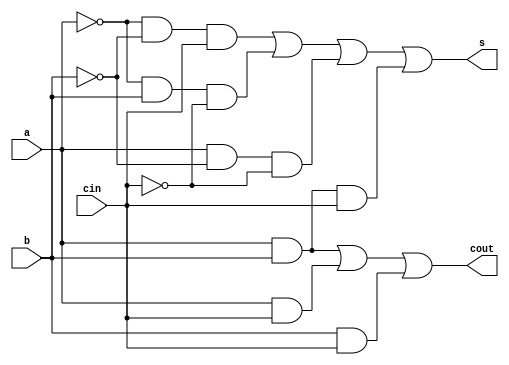
`timescale 1ns / 1ps
//////////////////////////////////////////////////////////////////////////////////
// Company: 
// Engineer: 
// 
// Design Name: 
// Module Name: add_full
// Project Name: 
// Target Devices: 
// Tool Versions: 
// Description: 
// 
// Dependencies: 
// 
// Revision:
// Revision 0.01 - File Created
// Additional Comments:
// 
//////////////////////////////////////////////////////////////////////////////////


module add_full(
    input a,
    input b,
    input cin,
    output cout,
    output s
);
    assign cout = a & b | a & cin | b & cin;
    assign s    = ~a & ~b & cin | ~a & b & ~cin | a & ~b & ~cin | a & b & cin;
endmodule